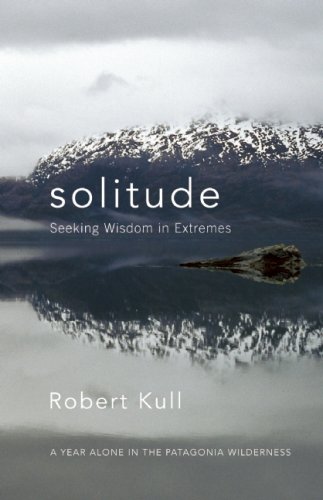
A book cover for Solitude: Seeking Wisdom in Extremes: A Year Alone in the Patagonia Wilderness; Robert Kull; Travel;